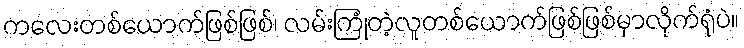
ကလေးတစ်ယောက်ဖြစ်ဖြစ်၊ လမ်းကြုံတဲ့လူတစ်ယောက်ဖြစ်ဖြစ်မှာလိုက်ရုံပဲ။